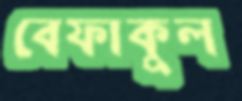
বেফাকুল